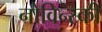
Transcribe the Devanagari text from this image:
नोविन्स्की